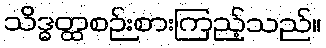
သိဒ္ဓတ္ထစဉ်းစားကြည့်သည်။